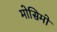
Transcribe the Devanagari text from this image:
मोसिमो